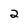
Character: 2